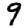
Digit: 9